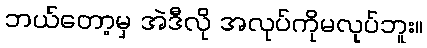
ဘယ်တော့မှ အဲဒီလို အလုပ်ကိုမလုပ်ဘူး။